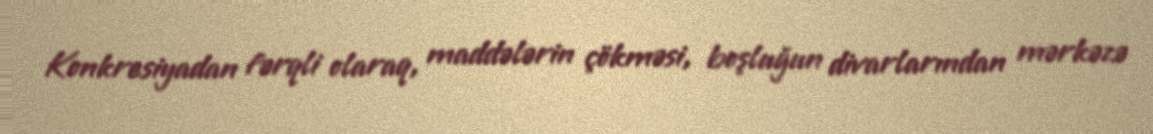
Konkresiyadan fərqli olaraq, maddələrin çökməsi, boşluğun divarlarından mərkəzə